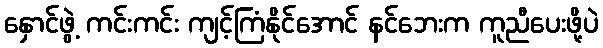
နှောင်ဖွဲ့ ကင်းကင်း ကျင့်ကြံနိုင်အောင် နင်ဘေးက ကူညီပေးဖို့ပဲ